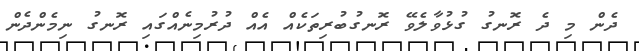
ދެން މި ދެ ރޮނގު ގުޅުވާލެވޭ ރޮނގުބުރިތަކެއް އެއް ދުރުމިނެއްގައި ރޮނގު ނިމެންދެން